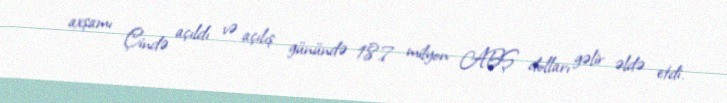
axşamı Çində açıldı və açılış günündə 18.7 milyon ABŞ dolları gəlir əldə etdi.